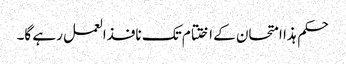
حکم ہذا امتحان کے اختتام تک نافذالعمل رہے گا۔